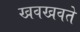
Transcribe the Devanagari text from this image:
खवखवते